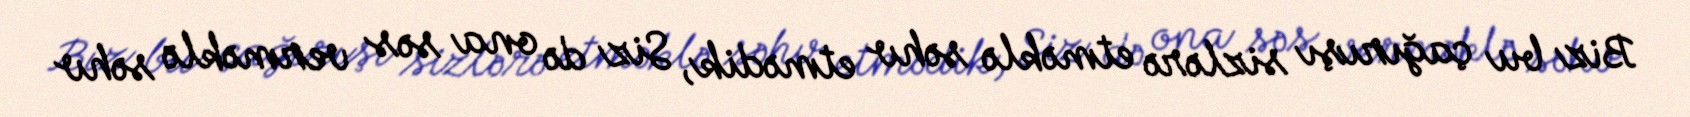
Biz bu çağırışı sizlərə etməklə səhv etmədik, Siz də ona səs verməklə səhv